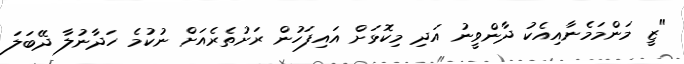
"ޒީ މަންމަމެނާއިއެކު ދާންވީނު އަދި މިކޮޅަށް އައިފަހުން ރަށުތެރެއަށް ނުކުމެ ހަދާނުލާ ދޭބަލަ